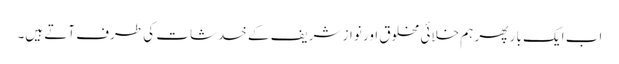
اب ایک با ر پھر ہم خلائی مخلوق اور نواز شریف کے خدشات کی طرف آتے ہیں۔